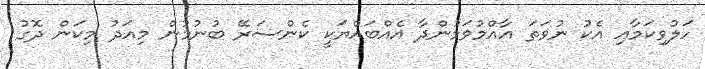
ހަލުވިކަމާއި އެކު ނުވަތަ އާއްމުވަމުންދާ އެއްބައްޔަކީ ކެންސަރޭ ބުނުމުން މިއަދު މިކަން ދޮގު